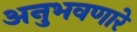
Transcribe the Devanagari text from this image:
अनुभवणारे